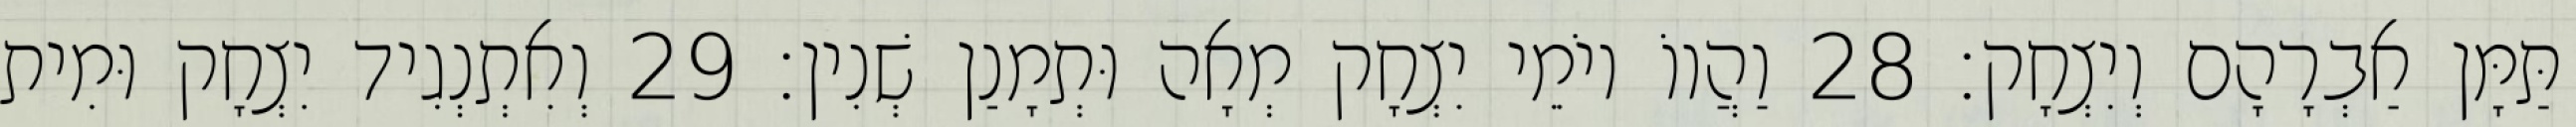
תַּמָּן אַבְרָהָם וְיִצְחָק׃ 28 וַהֲווֹ יוֹמֵי יִצְחָק מְאָה וּתְמָנַן שְׁנִין׃ 29 וְאִתְנְגִיד יִצְחָק וּמִית